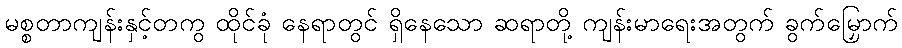
မစ္စတာကျန်းနှင့်တကွ ထိုင်ခုံ နေရာတွင် ရှိနေသော ဆရာတို့ ကျန်းမာရေးအတွက် ခွက်မြှောက်